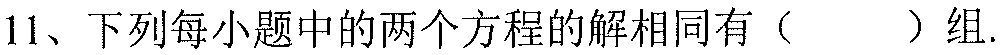
11、下列每小题中的两个方程的解相同有（  ）组.